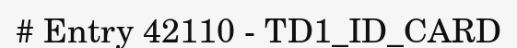
# Entry 42110 - TD1_ID_CARD